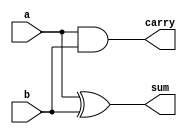
module MyHalfAdder(input a, b, output sum, carry);
	 assign sum = a ^ b;
	 assign carry = a & b;
endmodule

module MyFullAdder(input a, b, c_in, output sum, carry);
	 assign sum = (a ^ b) ^ c_in;
	 assign carry = (a & b) | (c_in & (a ^ b));
endmodule